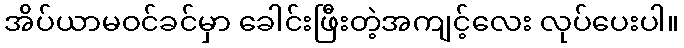
အိပ်ယာမဝင်ခင်မှာ ခေါင်းဖြီးတဲ့အကျင့်လေး လုပ်ပေးပါ။